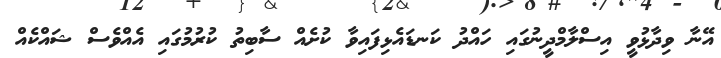
އޭނާ ވިދާޅުވީ އިސްލާމްދީނުގައި ހައްދު ކަނޑައެޅިފައިވާ ކުށެއް ސާބިތު ކުރުމުގައި އެއްވެސް ޝައްކެއް